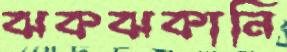
ঝকঝকানি